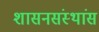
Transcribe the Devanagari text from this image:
शासनसंस्थांस